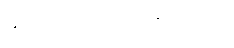
၄၀။ ၀၉-၁၂၃၄၅၆၇၈၉